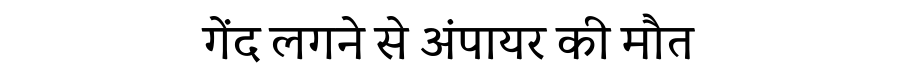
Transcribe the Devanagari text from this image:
गेंद लगने से अंपायर की मौत